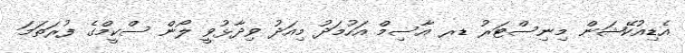
އެޑިއުކޭޝަން މިނިސްޓަރު ޑރ އާސިމް އަހުމަދު މިއަދު ވިދާޅުވީ ލޯން ސްކީމްގެ ފުރަތަމަ